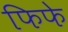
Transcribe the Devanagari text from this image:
फिफे